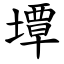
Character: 墰